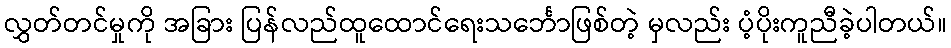
လွှတ်တင်မှုကို အခြား ပြန်လည်ထူထောင်ရေးသင်္ဘောဖြစ်တဲ့ မှလည်း ပံ့ပိုးကူညီခဲ့ပါတယ်။